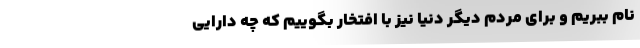
نام ببریم و برای مردم دیگر دنیا نیز با افتخار بگوییم که چه دارایی